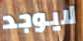
لايوجد